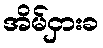
အိမ်ငှားခ